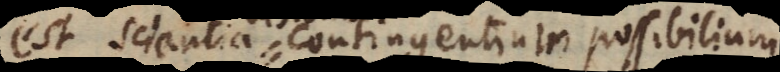
est scientia contingentium possibilium